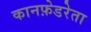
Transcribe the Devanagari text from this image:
कानफ़ेडरेता